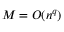
M = { \cal { O } } ( n ^ { q } )